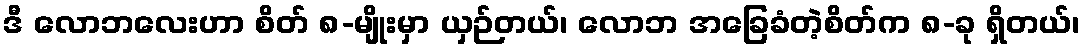
ဒီ လောဘလေးဟာ စိတ် ၈-မျိုးမှာ ယှဉ်တယ်၊ လောဘ အခြေခံတဲ့စိတ်က ၈-ခု ရှိတယ်၊